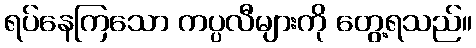
ရပ်နေကြသော ကပ္ပလီများကို တွေ့ရသည်။